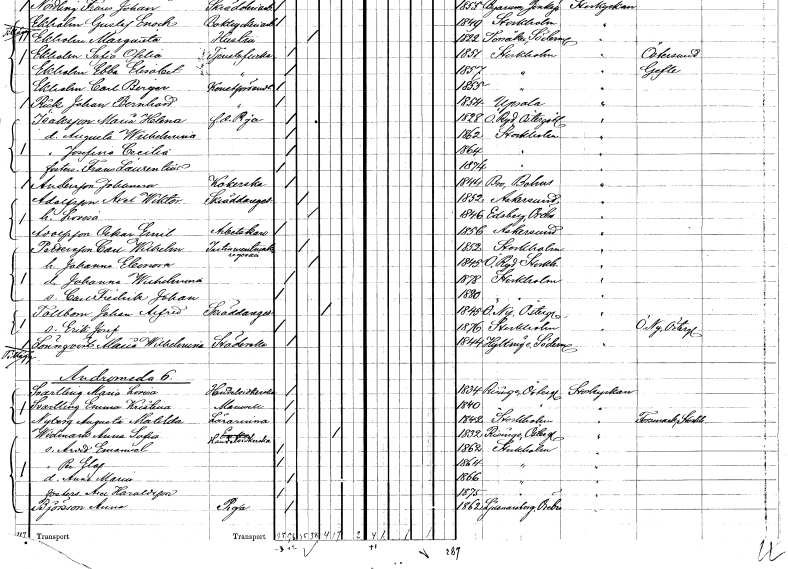
gt_parse: households: individuals: FN: Josefina Cecilia
KON: K
CIV: O
FODAR: 1864
FODFORS: Stockholm
FN: Frans Laurentius
KON: M
CIV: O
FODAR: 1874
FODFORS: Stockholm
FN: Johanna
EN: Andersson
YRKE: Kokerska
KON: K
CIV: O
FODAR: 1844
FODFORS: Bro Göteborgs- och Bohuslän
FN: Axel Wiktor
EN: Adolfsson
YRKE: Skräddaregesäll
KON: M
CIV: G
FODAR: 1852
FODFORS: Askersund Örebro län
FN: Lovisa
KON: K
CIV: G
FODAR: 1846
FODFORS: Edsberg Örebro län
FN: Oskar Emil
EN: Adolfsson
YRKE: Arbetskarl
KON: M
CIV: O
FODAR: 1856
FODFORS: Askersund Örebro län
FN: Carl Wilhelm
EN: Pettersson
YRKE: Instrumentmakaregesäll
KON: M
CIV: G
FODAR: 1852
FODFORS: Stockholm
FN: Johanna Eleonora
KON: K
CIV: G
FODAR: 1845
FODFORS: Östra Ryd Stockholms län
FN: Johanna Wilhelmina
KON: K
CIV: O
FODAR: 1878
FODFORS: Stockholm
FN: Carl Fredrik Johan
KON: M
CIV: O
FODAR: 1880
FODFORS: Stockholm
FN: Johan Alfred
EN: Tollbom
YRKE: Skräddaregesäll
KON: M
CIV: E
FODAR: 1845
FODFORS: Östra Ny Östergötlands län
FN: Erik Josef
KON: M
CIV: O
FODAR: 1876
FODFORS: Stockholm
FN: Maria Wilhelmina
EN: Lönnqvist
YRKE: Städerska
KON: K
CIV: O
FODAR: 1844
FODFORS: Hyltinge Södermanlands län
FN: Maria Lovisa
EN: Svarling
YRKE: Handelsidkerska
KON: K
CIV: O
FODAR: 1834
FODFORS: Risinge Östergötlands län
FN: Emma Kristina
EN: Svartling
KON: K
CIV: O
FODAR: 1840
FODFORS: Risinge Östergötlands län
FN: Augusta Matilda
EN: Nyberg
YRKE: Lärarinna
KON: K
CIV: O
FODAR: 1842
FODFORS: Stockholm
FN: Anna Sofia
EN: Widmark
YRKE: Handelsidkerska
KON: K
CIV: E
FODAR: 1832
FODFORS: Risinge Östergötlands län
FN: Arvid Emanuel
KON: M
CIV: O
FODAR: 1862
FODFORS: Stockholm
FN: Per Elof
KON: M
CIV: O
FODAR: 1864
FODFORS: Stockholm
FN: Anna Maria
KON: K
CIV: O
FODAR: 1866
FODFORS: Stockholm
FN: Axel Aron
EN: Haraldsson
KON: M
CIV: O
FODAR: 1875
FODFORS: Stockholm
FN: Anna
EN: Björsson
YRKE: Piga
KON: K
CIV: O
FODAR: 1862
FODFORS: Ljusnarsberg Örebro län